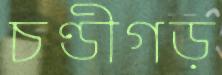
চণ্ডীগড়